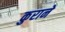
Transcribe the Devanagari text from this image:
कुराने